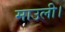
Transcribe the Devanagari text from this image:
माउली।